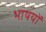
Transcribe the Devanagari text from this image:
भाषयों